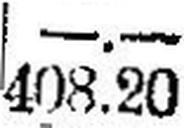
408.20